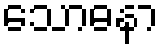
သောဓနာ